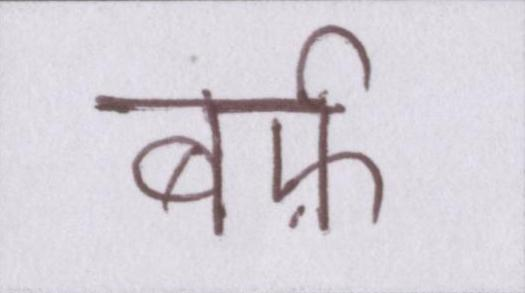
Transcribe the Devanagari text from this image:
बर्फ़